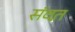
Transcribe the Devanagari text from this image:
संवत़